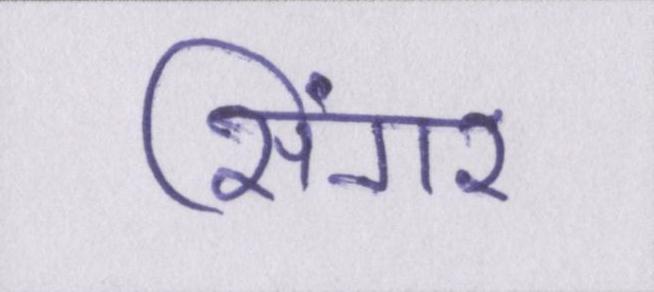
सिंगर